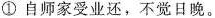
①自师家受业还，不觉日晚。